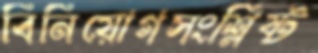
বিনিয়োগসংশ্লিষ্ট